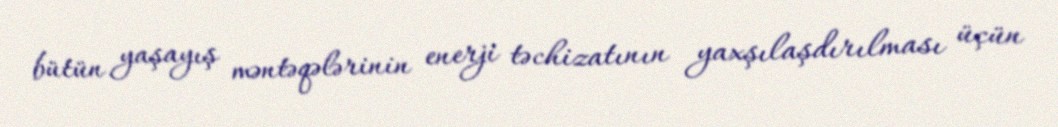
bütün yaşayış məntəqələrinin enerji təchizatının yaxşılaşdırılması üçün